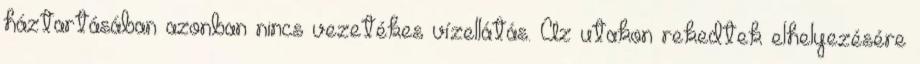
háztartásában azonban nincs vezetékes vízellátás. Az utakon rekedtek elhelyezésére